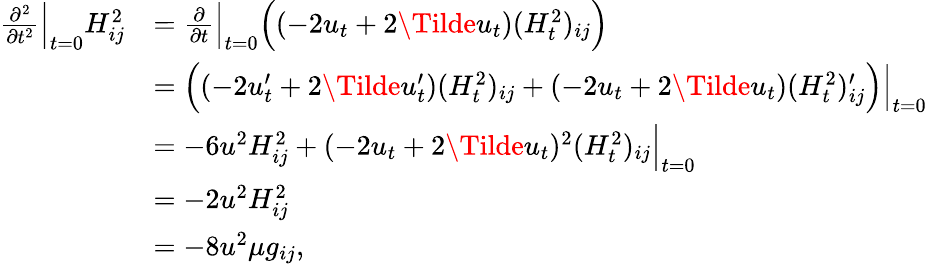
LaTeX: \begin{array}{rl}{\frac{\partial^{2}}{\partial t^{2}}\Big|_{t=0}H_{ij}^{2}}&{=\frac{\partial}{\partial t}\Big|_{t=0}\Big((-2u_{t}+2\Tilde{u}_{t})(H_{t}^{2})_{ij}\Big)}\\ &{=\Big((-2u_{t}^{\prime}+2\Tilde{u}_{t}^{\prime})(H_{t}^{2})_{ij}+(-2u_{t}+2\Tilde{u}_{t})(H_{t}^{2})_{ij}^{\prime}\Big)\Big|_{t=0}}\\ &{=-6u^{2}H_{ij}^{2}+(-2u_{t}+2\Tilde{u}_{t})^{2}(H_{t}^{2})_{ij}\Big|_{t=0}}\\ &{=-2u^{2}H_{ij}^{2}}\\ &{=-8u^{2}\mu g_{ij},}\end{array}